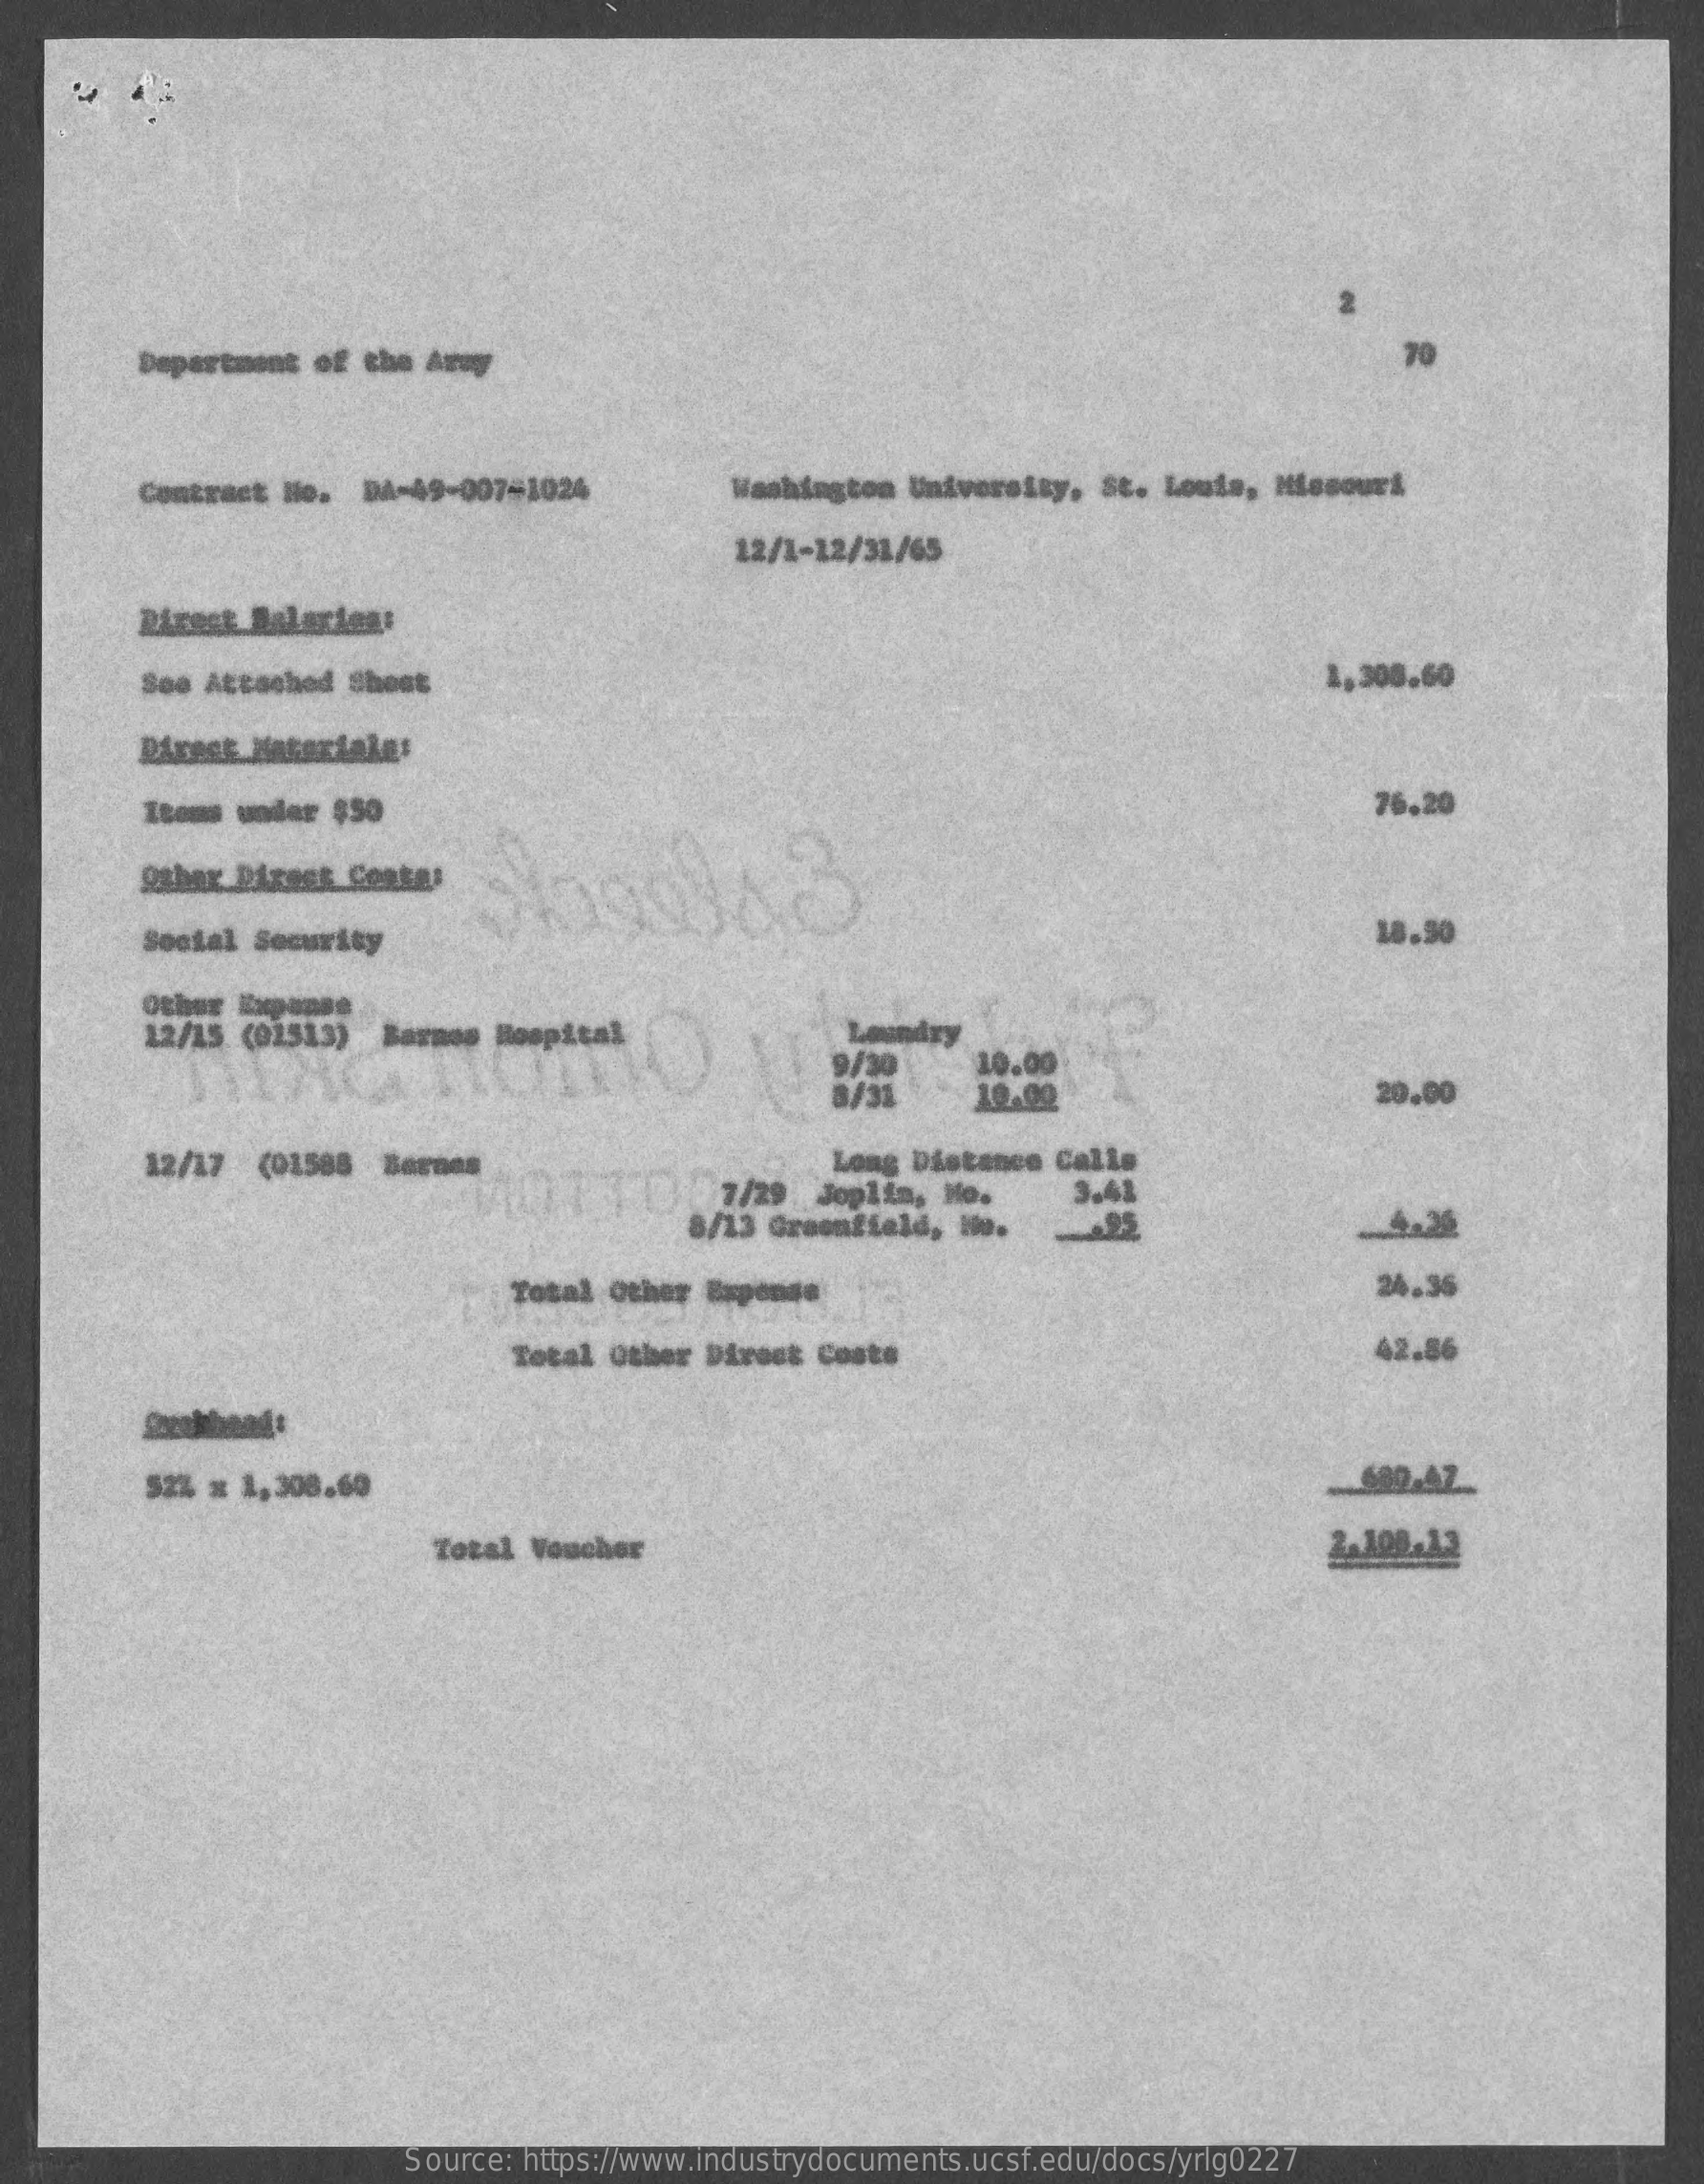
Department of the Army    70
     Contract No. DA-49-007-1024  Washington University, St. Louis, Missouri
     12/1-12/31/65
     Birest Malarica:
     See Attached Shost    1,300.60
     Items under $50    76.20
     Other Direst Cesta:    3
     Social Security    18.30
     Other Expanse
     12/15 (01513) Barnes Hospital    Laundry
     9/30   10.00
     8/31.  19.00    20.00
     12/17 (01588 Bernes    Long Distance Calls
     7/29 Joplin, No.
     8/13 Greenfield, No.
     3.41
     Total Other Expense    24.35
     Total üther Direct Costs    42.86
     52% x 1,308.60
     Total Voucher    2.108.13
     Source: https://www.industrydocuments.ucsf.edu/docs/yrlg0227